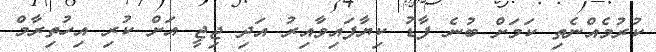
ކުރުމެއްނެތި ކަމަށް ބުނެ ފާޑު ކިޔާފައިވާއިރު އަދި ޖިޖީ އަށް ކުރި އިހުތިރާމް